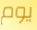
يوم